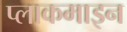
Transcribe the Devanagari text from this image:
प्लाकमाइन